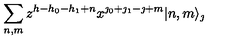
\sum _ { n , m } z ^ { h - h _ { 0 } - h _ { 1 } + n } x ^ { \jmath _ { 0 } + \jmath _ { 1 } - \jmath + m } | n , m \rangle _ { \jmath }